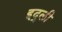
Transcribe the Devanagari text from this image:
इद्ली